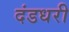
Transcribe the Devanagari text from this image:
दंडधरी